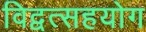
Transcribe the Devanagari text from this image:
विद्वत्सहयोग